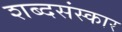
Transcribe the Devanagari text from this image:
शब्दसंस्कार